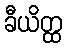
ခီယိတ္ထ